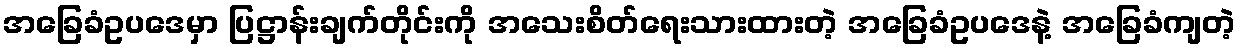
အခြေခံဥပဒေမှာ ပြဋ္ဌာန်းချက်တိုင်းကို အသေးစိတ်ရေးသားထားတဲ့ အခြေခံဥပဒေနဲ့ အခြေခံကျတဲ့